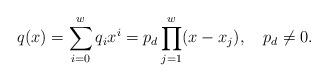
LaTeX: \begin{align*} q(x)=\sum^{w}_{i=0}q_ix^i=p_d\prod^w_{j=1}(x-x_j),~~~ p_d\ne 0.\end{align*}